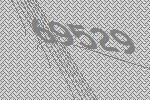
69529